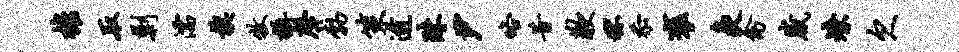
摧取剿濡旗牧摄声勃策逾珠尹咯昔歉秫忝褒灸禽崴燎欠